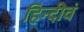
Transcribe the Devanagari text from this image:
हिन्दीेवं